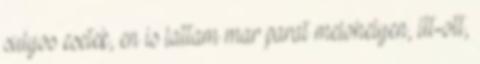
sulyos esetek, en is lattam mar parat melohelyen, itt-ott,